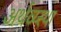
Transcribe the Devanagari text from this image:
अर्थव्य्स्था